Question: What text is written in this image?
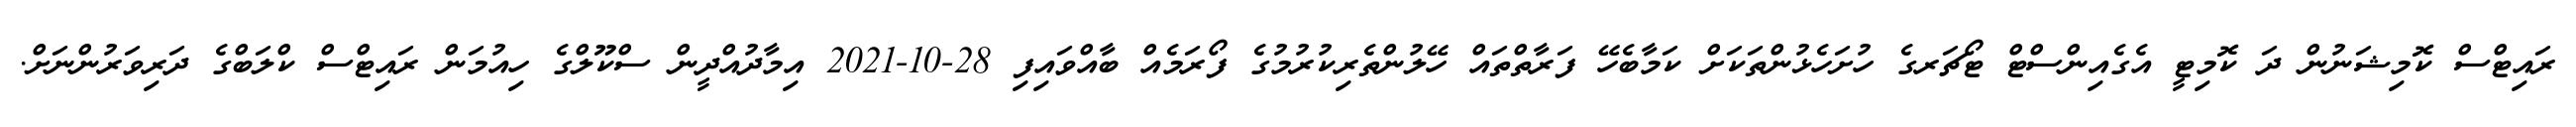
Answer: ރައިޓްސް ކޮމިޝަނުން ދަ ކޮމިޓީ އެގެއިންސްޓް ޓޯޗަރގެ ހުށަހެޅުންތަކަށް ކަމާބެހޭ ފަރާތްތައް ހޭލުންތެރިކުރުމުގެ ފޯރަމެއް ބާއްވައިފި 28-10-2021 އިމާދުއްދީން ސްކޫލްގެ ހިއުމަން ރައިޓްސް ކްލަބްގެ ދަރިވަރުންނަށް.